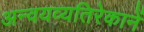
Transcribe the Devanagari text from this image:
अन्वयव्यतिरेकानें